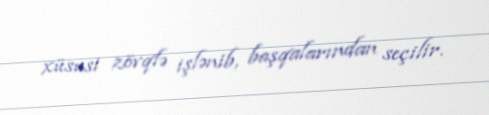
xüsusi zövqlə işlənib, başqalarından seçilir.